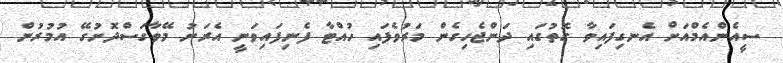
ސީއެންއެމްއަށް އެނގިފައިވާ ގޮތުގައި ދަންޖެހިގެން މަރުވެފައި ހުއްޓާ ފެނިފައިވަނީ އެރަށު މޭވާގަސްދޮށުގޭ އުމުރުން